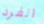
الفرد